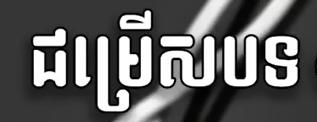
ជម្រើសបទ